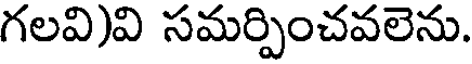
గలవి)వి సమర్పించవలెను.